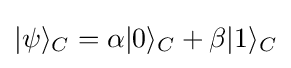
|\psi \rangle _{C}=\alpha |0\rangle _{C}+\beta |1\rangle _{C}